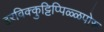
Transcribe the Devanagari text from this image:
इरविक्कुट्टिप्पिळ्ळपोरू